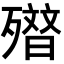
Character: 𭮢